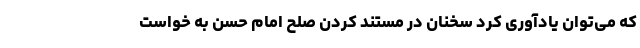
که می‌توان یادآوری کرد سخنان در مستند کردن صلح امام حسن به خواست